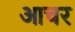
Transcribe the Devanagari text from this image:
आचर